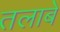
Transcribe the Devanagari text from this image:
तलाबे